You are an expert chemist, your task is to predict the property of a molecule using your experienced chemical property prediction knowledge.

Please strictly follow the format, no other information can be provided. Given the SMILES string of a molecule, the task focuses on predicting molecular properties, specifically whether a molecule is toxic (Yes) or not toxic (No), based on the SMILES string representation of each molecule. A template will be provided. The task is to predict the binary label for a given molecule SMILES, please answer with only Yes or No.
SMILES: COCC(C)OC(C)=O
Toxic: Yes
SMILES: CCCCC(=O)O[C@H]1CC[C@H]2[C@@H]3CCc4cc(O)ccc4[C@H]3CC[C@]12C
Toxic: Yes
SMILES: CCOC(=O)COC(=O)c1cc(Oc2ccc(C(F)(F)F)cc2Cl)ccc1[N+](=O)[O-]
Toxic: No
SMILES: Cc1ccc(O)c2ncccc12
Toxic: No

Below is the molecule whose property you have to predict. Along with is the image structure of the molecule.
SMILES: O=c1[nH]c(=O)n([C@H]2O[C@H](CO)[C@@H](O)[C@@H]2O)cc1/C=C\Br
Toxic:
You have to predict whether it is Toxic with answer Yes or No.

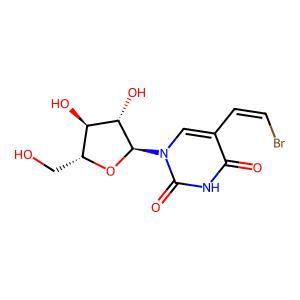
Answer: No